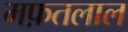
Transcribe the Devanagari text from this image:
मफ़तलाल